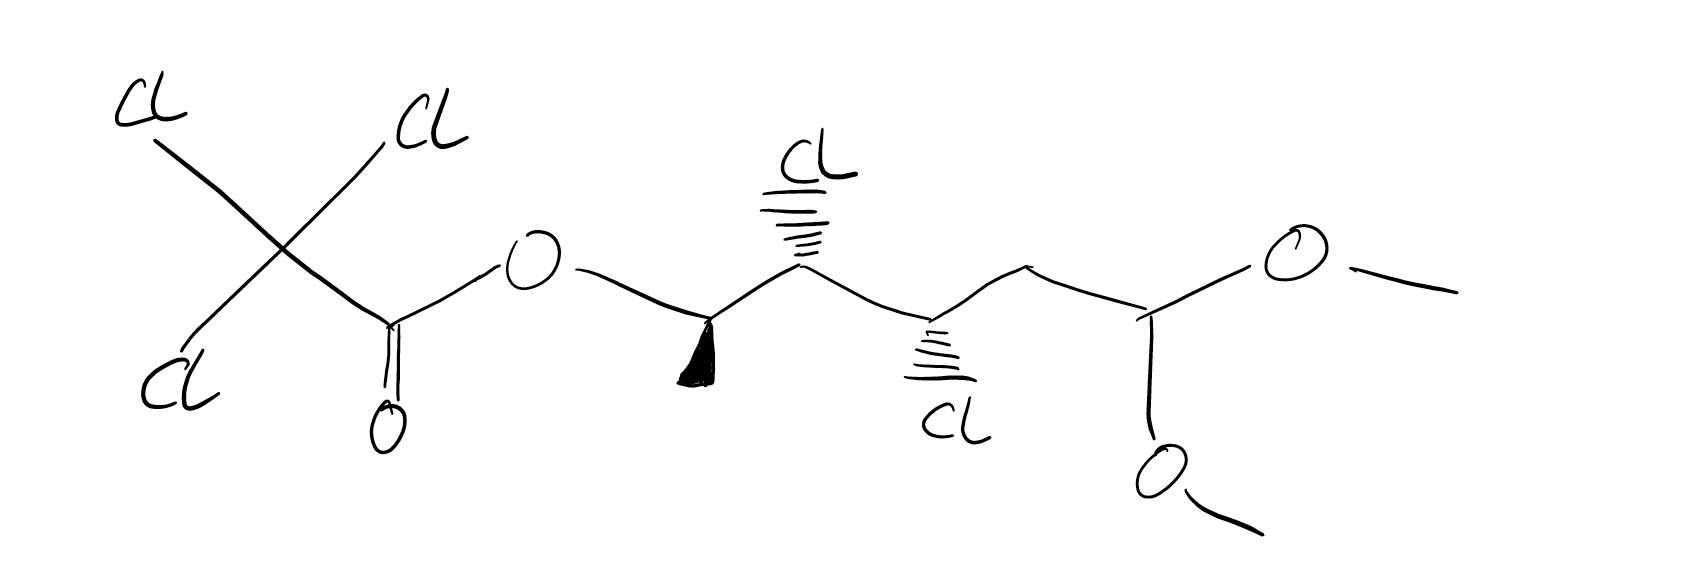
Simplified molecular-input line-entry system (SMILES) notation of the given molecule:
C[C@H]([C@@H]([C@H](CC(OC)OC)Cl)Cl)OC(=O)C(Cl)(Cl)Cl